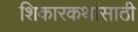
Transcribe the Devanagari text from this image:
शिकारकथांसाठी